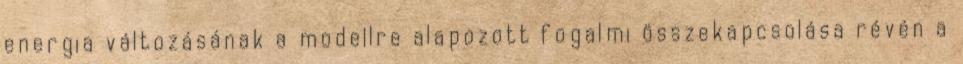
energia változásának a modellre alapozott fogalmi összekapcsolása révén a